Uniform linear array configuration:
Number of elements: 12
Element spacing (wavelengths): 0.5
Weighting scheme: binomial
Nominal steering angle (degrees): -15
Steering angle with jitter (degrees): -13.697
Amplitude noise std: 0.05
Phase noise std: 0.05

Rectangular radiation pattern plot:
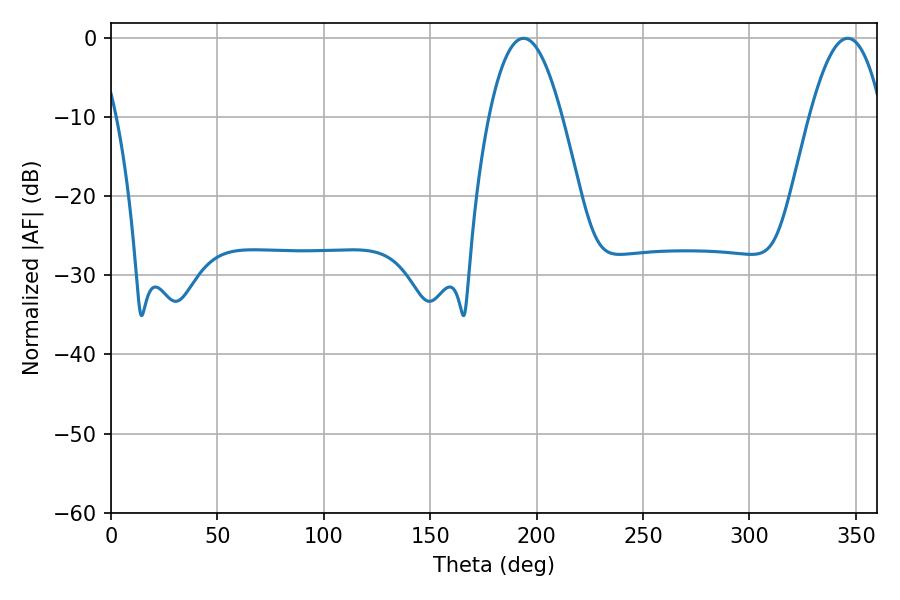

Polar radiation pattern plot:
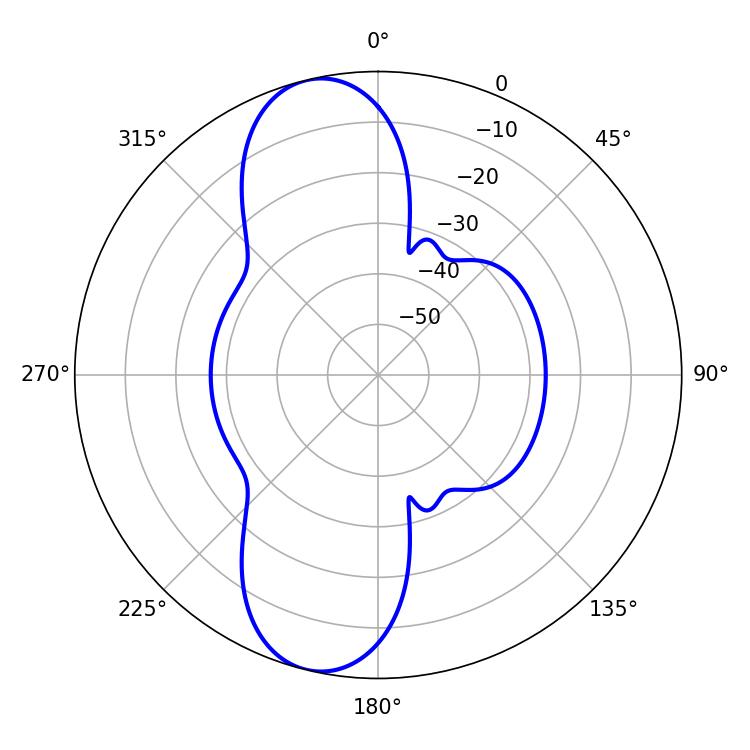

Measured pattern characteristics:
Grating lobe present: FALSE
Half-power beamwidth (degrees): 18.72
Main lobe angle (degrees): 193.86